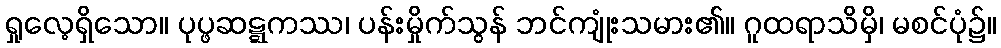
ရှုလေ့ရှိသော။ ပုပ္ဖဆဋ္ဋကဿ၊ ပန်းမှိုက်သွန် ဘင်ကျုံးသမား၏။ ဂူထရာသိမှိ၊ မစင်ပုံ၌။